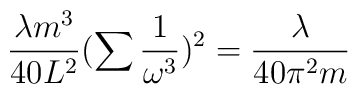
\frac{\lambda m^{3}}{40L^{2}}(\sum\frac{1}{\omega^{3}})^{2}=\frac{\lambda}{40\pi^{2}m}